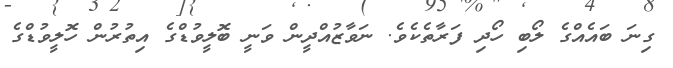
ގިނަ ބައެއްގެ ލޯބި ހޯދި ފަރާތެކެވެ. ނަވާޒުއްދީން ވަނީ ބޮލީވުޑްގެ އިތުރުން ހޮލީވުޑްގެ